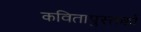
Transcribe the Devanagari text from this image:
कवितापुस्तकों